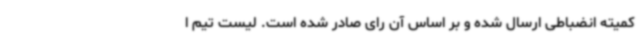
کمیته انضباطی ارسال شده و بر اساس آن رای صادر شده است. لیست تیم ا